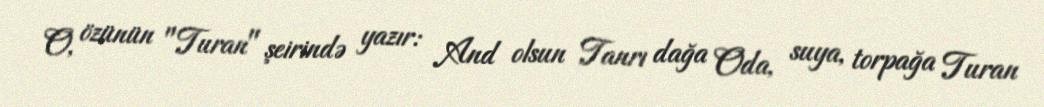
O, özünün "Turan" şeirində yazır: And olsun Tanrı dağa Oda, suya, torpağa Turan